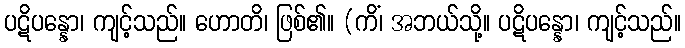
ပဋိပန္နော၊ ကျင့်သည်။ ဟောတိ၊ ဖြစ်၏။ (ကိံ၊ အဘယ်သို့။ ပဋိပန္နော၊ ကျင့်သည်။